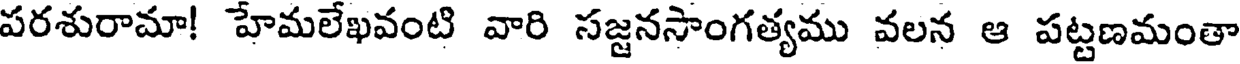
పరశురామా! హేమలేఖవంటి వారి సజ్జనసాంగత్యము వలన ఆ పట్టణమంతా